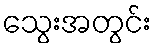
သွေးအတွင်း